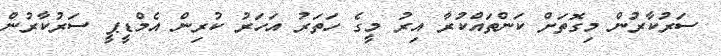
ސަރުކާރުން މިގޮތަށް ކަންތައްކުރާ އިރު މީގެ ހަތަރު އަހަރު ކުރިން އެމްޑީޕީ ސަރުކާރުން